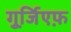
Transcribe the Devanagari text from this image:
गुर्जि़एफ़